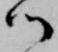
ツ